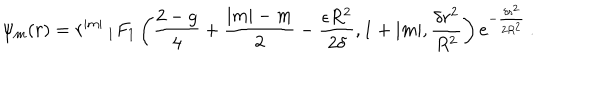
LaTeX: \psi _ { m } ( r ) = r ^ { | m | } \, _ { 1 } F _ { 1 } \left( { \frac { 2 - g } { 4 } } + { \frac { | m | - m } { 2 } } - { \frac { \epsilon R ^ { 2 } } { 2 \delta } } , 1 + | m | , { \frac { \delta r ^ { 2 } } { R ^ { 2 } } } \right) e ^ { - { \frac { \delta r ^ { 2 } } { 2 R ^ { 2 } } } } \, .